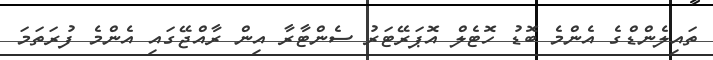
ތައިލެންޑްގެ އެންމެ ބޮޑު ހޮޓެލް އޮޕަރޭޓަރު ސެންޓާރާ އިން ރާއްޖޭގައި އެންމެ ފުރަތަމަ